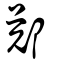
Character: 鄭